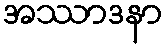
အဿာဒနာ